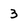
Character: 3